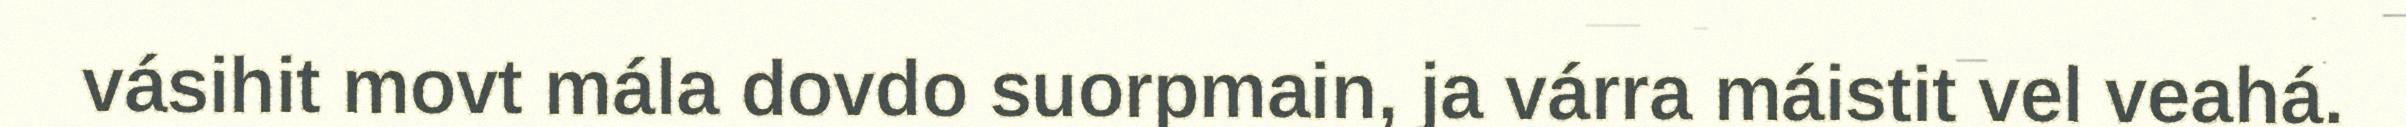
vásihit movt mála dovdo suorpmain, ja várra máistit vel veahá.